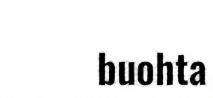
buohta